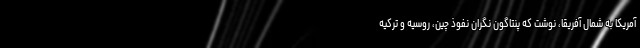
آمریکا به شمال آفریقا، نوشت که پنتاگون نگران نفوذ چین، روسیه و ترکیه